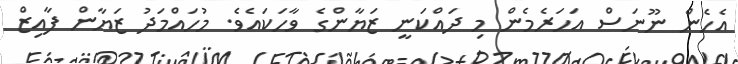
އެހެން ނޫނަސް އަހަރެމެން މި ދައްކަނީ ޒަޔާންގެ ވާހަކައެވެ. މުހައްމަދު ޒަޔާން ފާއިޒް